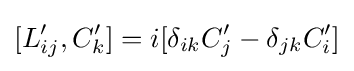
[L'_{ij},C'_{k}]=i[\delta _{ik}C'_{j}-\delta _{jk}C'_{i}]\,\!